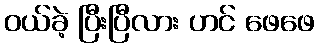
ဝယ်ခဲ့ ပြီးပြီလား ဟင် ဖေဖေ